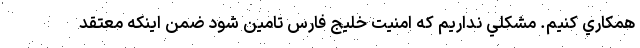
همكاري كنيم. مشكلي نداريم كه امنيت خليج فارس تامين شود ضمن اينكه معتقد